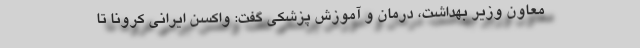
معاون وزیر بهداشت، درمان و آموزش پزشکی گفت: واکسن ایرانی کرونا تا